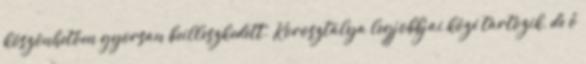
köszönhetően gyorsan beilleszkedett. Korosztálya legjobbjai közé tartozik, de ő